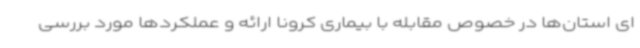
ای استان‌ها در خصوص مقابله با بیماری کرونا ارائه و عملکردها مورد بررسی